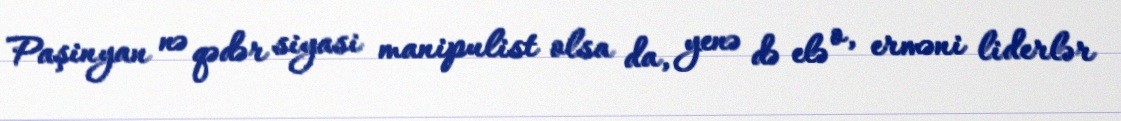
Paşinyan nə qədər siyasi manipulist olsa da, yenə də elə o, erməni liderlər